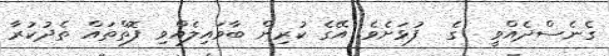
ގެނެސްދެއްވީ  ގެ  ފުޅަށެވެ. އޭގެ ކުރިން ބާވައިލެއްވި ފޮތްތައް ތެދުކުރާ